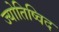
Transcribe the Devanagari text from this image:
ज्योतिष्विद